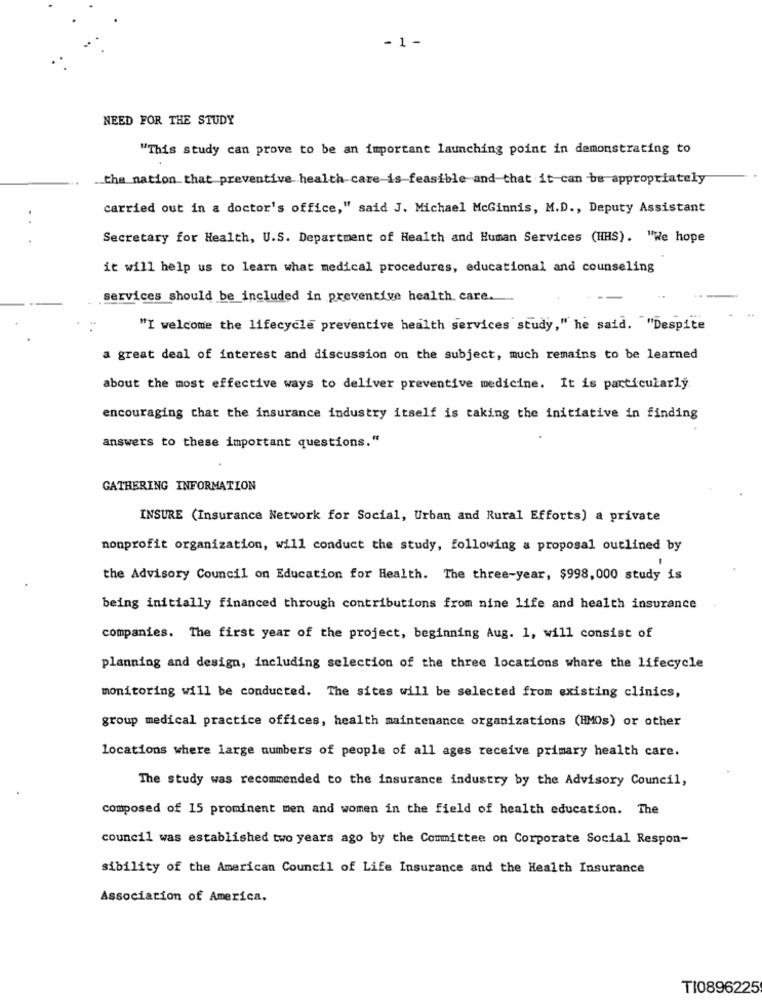
- 1 -
NEED FOR THE STUDY
"This study can prove to be an important launching point in demonstrating to
the nation that preventive health care is feasible and that it can be appropriately
carried out in a doctor's office," said J. Michael McGinnis, M.D ., Deputy Assistant
Secretary for Health, U.S. Department of Health and Human Services (HHS). "We hope
it will help us to learn what medical procedures, educational and counseling
services should be included in preventive health care.
"I welcome the lifecycle preventive health services study," he said. ""Despite
a great deal of interest and discussion on the subject, much remains to be learned
about the most effective ways to deliver preventive medicine. It is particularly.
encouraging that the insurance industry itself is taking the initiative in finding
answers to these important questions."
GATHERING INFORMATION
INSURE (Insurance Network for Social, Urban and Rural Efforts) a private
nonprofit organization, will conduct the study, following a proposal outlined by
the Advisory Council on Education for Health. The three-year, $998,000 study is
being initially financed through contributions from nine life and health insurance
companies. The first year of the project, beginning Aug. 1, will consist of
planning and design, including selection of the three locations where the lifecycle
monitoring will be conducted. The sites will be selected from existing clinics,
group medical practice offices, health maintenance organizations (HMOs) or other
locations where large numbers of people of all ages receive primary health care.
The study was recommended to the insurance industry by the Advisory Council,
composed of 15 prominent men and women in the field of health education. The
council was established two years ago by the Committee on Corporate Social Respon-
sibility of the American Council of Life Insurance and the Health Insurance
Association of America.
T10896225